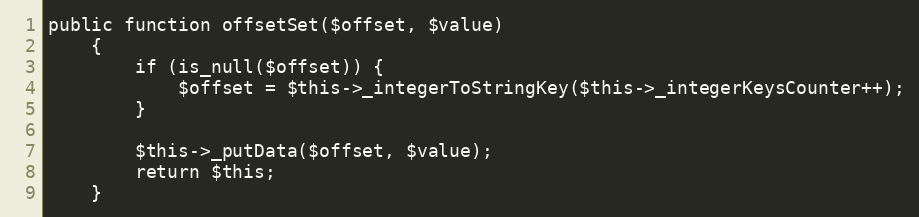
Language: PHP
public function offsetSet($offset, $value)
    {
        if (is_null($offset)) {
            $offset = $this->_integerToStringKey($this->_integerKeysCounter++);
        }

        $this->_putData($offset, $value);
        return $this;
    }